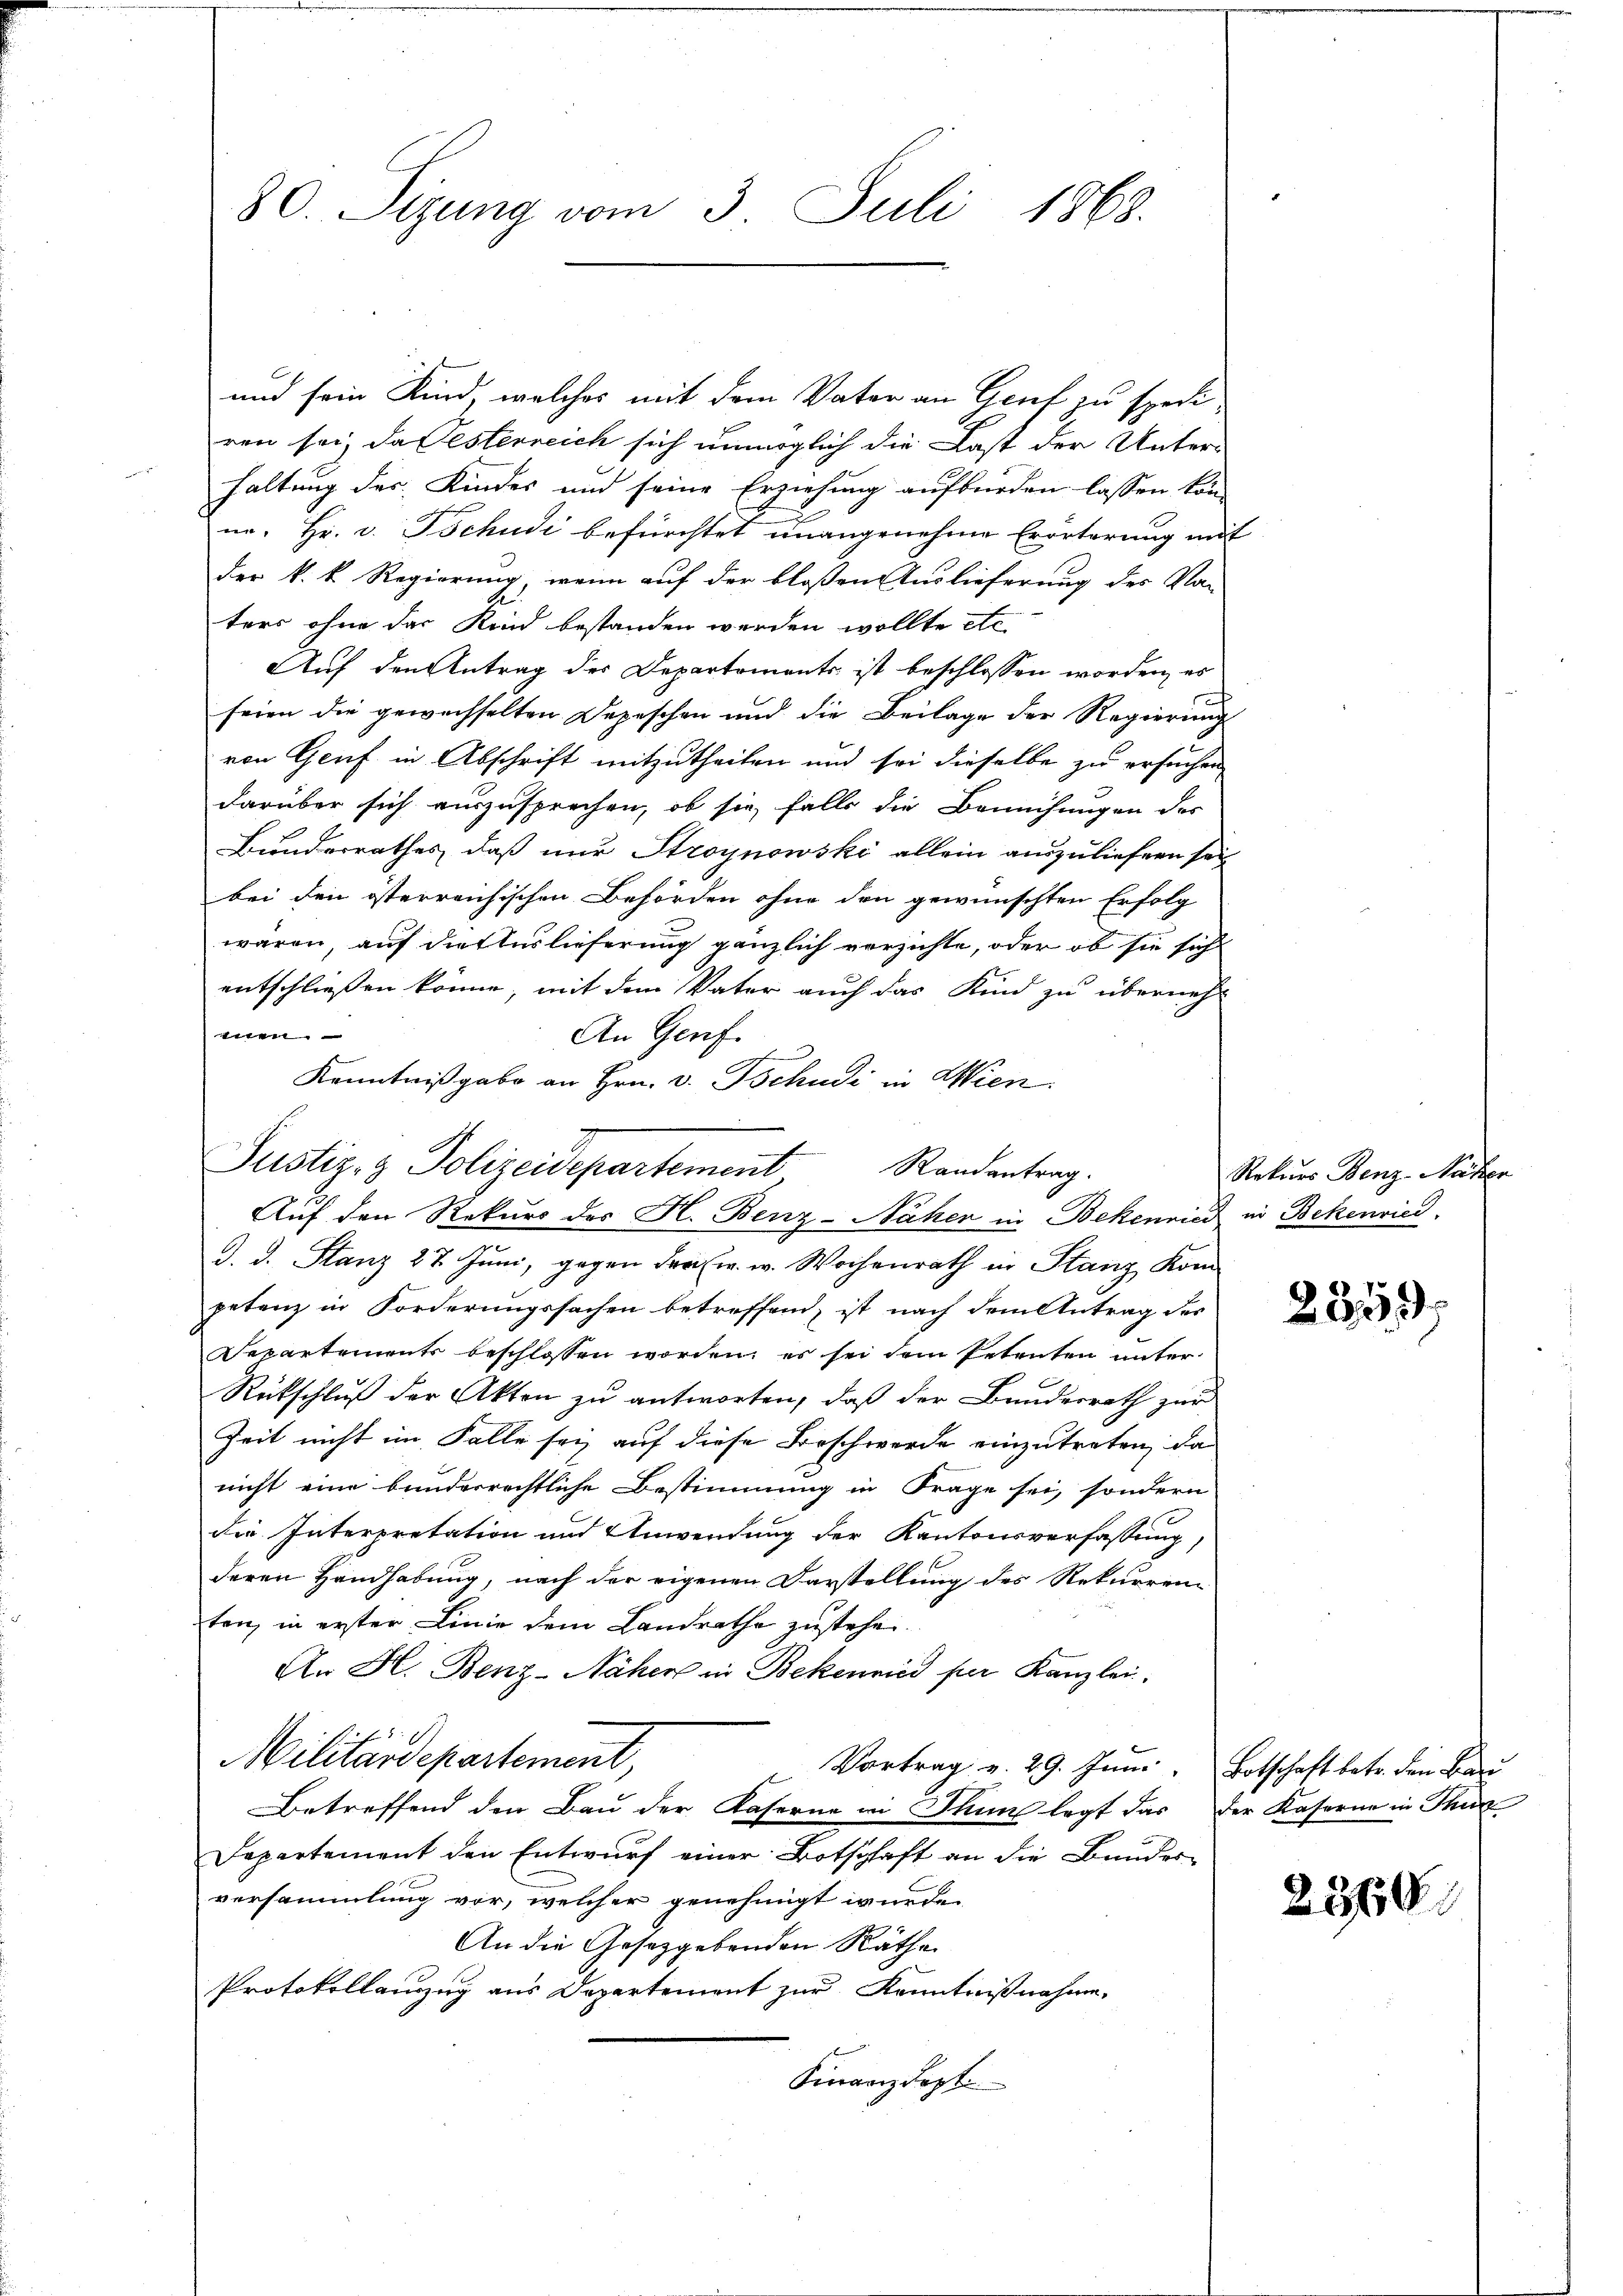
80. Sizung vom 3. Juli 1868.

und sein Kind, welches mit dem Vater an Genf zu spedi
ren sei, da Österreich sich unmöglich die Last der Unter-
haltung des Kindes und seine Erziehung aufbürden lassen könno. Hr. v. Tschudi befürchtet unangenehme Erörterung mit
der k. k. Regierung, wenn auf der bloßen Auslieferung des Vor-
ters ohne das Kind bestanden werden wollte etc.
Auf den Antrag des Departements ist beschlossen worden, es
seien die gewechselten Depeschen und die Beilage der Regierŭng
von Genf in Abschrift mitzutheilen und sei dieselbe zu ersuchen
darüber sich auszusprechen, ob sie, falls die Bemühungen des
Bunderrathes, daß nur Stroynowski allein auszuliefern sei
bei den österreichischen Behörden ohne den gewünschten Erfolg
waren, auf die Auslieferung gänzlich verzichte, oder ob sie sich
entschließen könne, mit dem Vater auch das Kind zu übernehm
e
An Genf.
Kenntnißgabe an Hrn. v. Tschudi in Wien.
Auf den Rekurs des H. Benz-Näher in Bekenried in Bekenried
d. d. Stanz 27. Juni, gegen Fraw. w. Wochenrath in Stanz Kom
petenz in Forderungssachen betreffend, ist nach dem Antrag des
Separtements beschlossen worden, es sei dem Petenten unter
Rückschluß der Akten zu antworten, daß der Bundesrath zur
Zeit nicht im Falle sei, auf diese Beschwerde einzutreten, da
nicht eine bunderrechtliche Bestimmung in Frage sei, sondern
die Interpretation und Anwendung der Kantonsverfassung,
deren Handhabung, nach der eigenen Darstellung des Rekurren-
ten, in erster Linie dem Landrathe zustehe.
An H. Benz-Näher in Bekenniis per Kanzlei.
Militärdepartement,
Vortrag v. 29. Juni Botschaft betr. den Bau
Betreffend den Bau der Kaserne in Thun legt das der Kaserne in Thur
Departement den Entwurf einer Botschaft an die Bunder-
versammlung vor, welcher genehmigt wurde.
An die Gesetzgebenden Räthe
Protokollauszug aus Departemont zur Kenntnißnahme,
Finanzdept.

Justiz- & Polizeidepartement

Randantrag.

Rekurs Benz-Näher

2359

23150